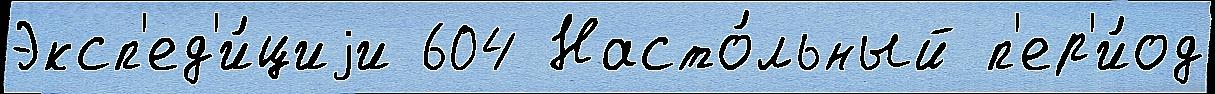
Эксп'ед'и́циjи 604 Насто́льный п'ер'и́од